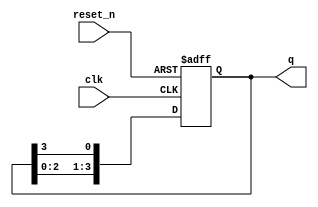
module ring_counter (
    input wire clk,         // Clock input
    input wire reset_n,     // Active-low asynchronous reset
    output reg [N-1:0] q    // Output state of the ring counter
);
    parameter N = 4;        // Number of flip-flops

    // Always block for the ring counter
    always @(posedge clk or negedge reset_n) begin
        if (!reset_n) begin
            // On reset, initialize the counter state
            q <= 1'b1; // Set the first flip-flop to '1'
        end else begin
            // Shift the values in the ring counter
            q <= {q[N-2:0], q[N-1]}; // Shift left and wrap the last bit
        end
    end
endmodule